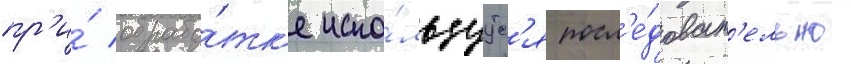
пр'и́ обрабо́тк'е испо́льзуутс'я посл'е́доват'ельно